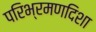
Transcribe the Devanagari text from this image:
परिभ्रमणदिशा